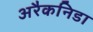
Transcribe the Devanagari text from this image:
अरैकनिडा